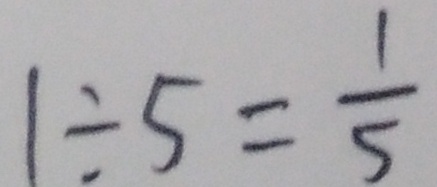
1 \div 5 = \frac { 1 } { 5 }